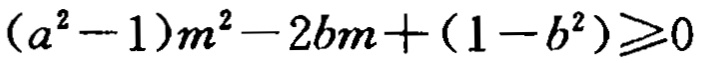
\((a^{2}-1)m^{2}-2bm+(1 - b^{2})\geq0\)